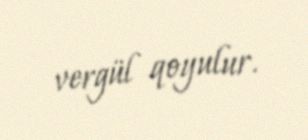
vergül qoyulur.